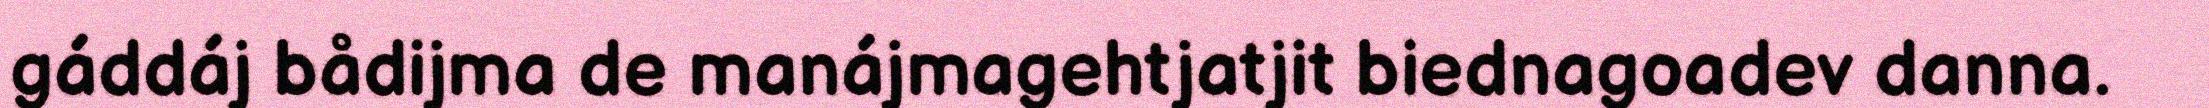
gáddáj bådijma de manájmagehtjatjit biednagoadev danna.